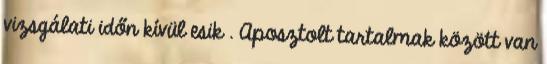
vizsgálati időn kívül esik . Aposztolt tartalmak között van